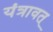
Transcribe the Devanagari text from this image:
यंत्रावत्